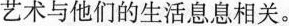
艺术与他们的生活息息相关。